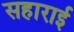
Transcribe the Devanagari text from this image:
सहाराई